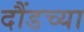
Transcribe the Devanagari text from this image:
दौंडच्या